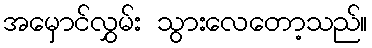
အမှောင်လွှမ်း သွားလေတော့သည်။